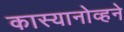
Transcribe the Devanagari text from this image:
कास्यानोव्हने